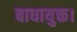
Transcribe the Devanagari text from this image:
बाधायुक्त।